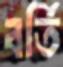
বর্তি